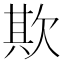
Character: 欺